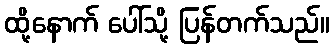
ထို့နောက် ပေါ်သို့ ပြန်တက်သည်။